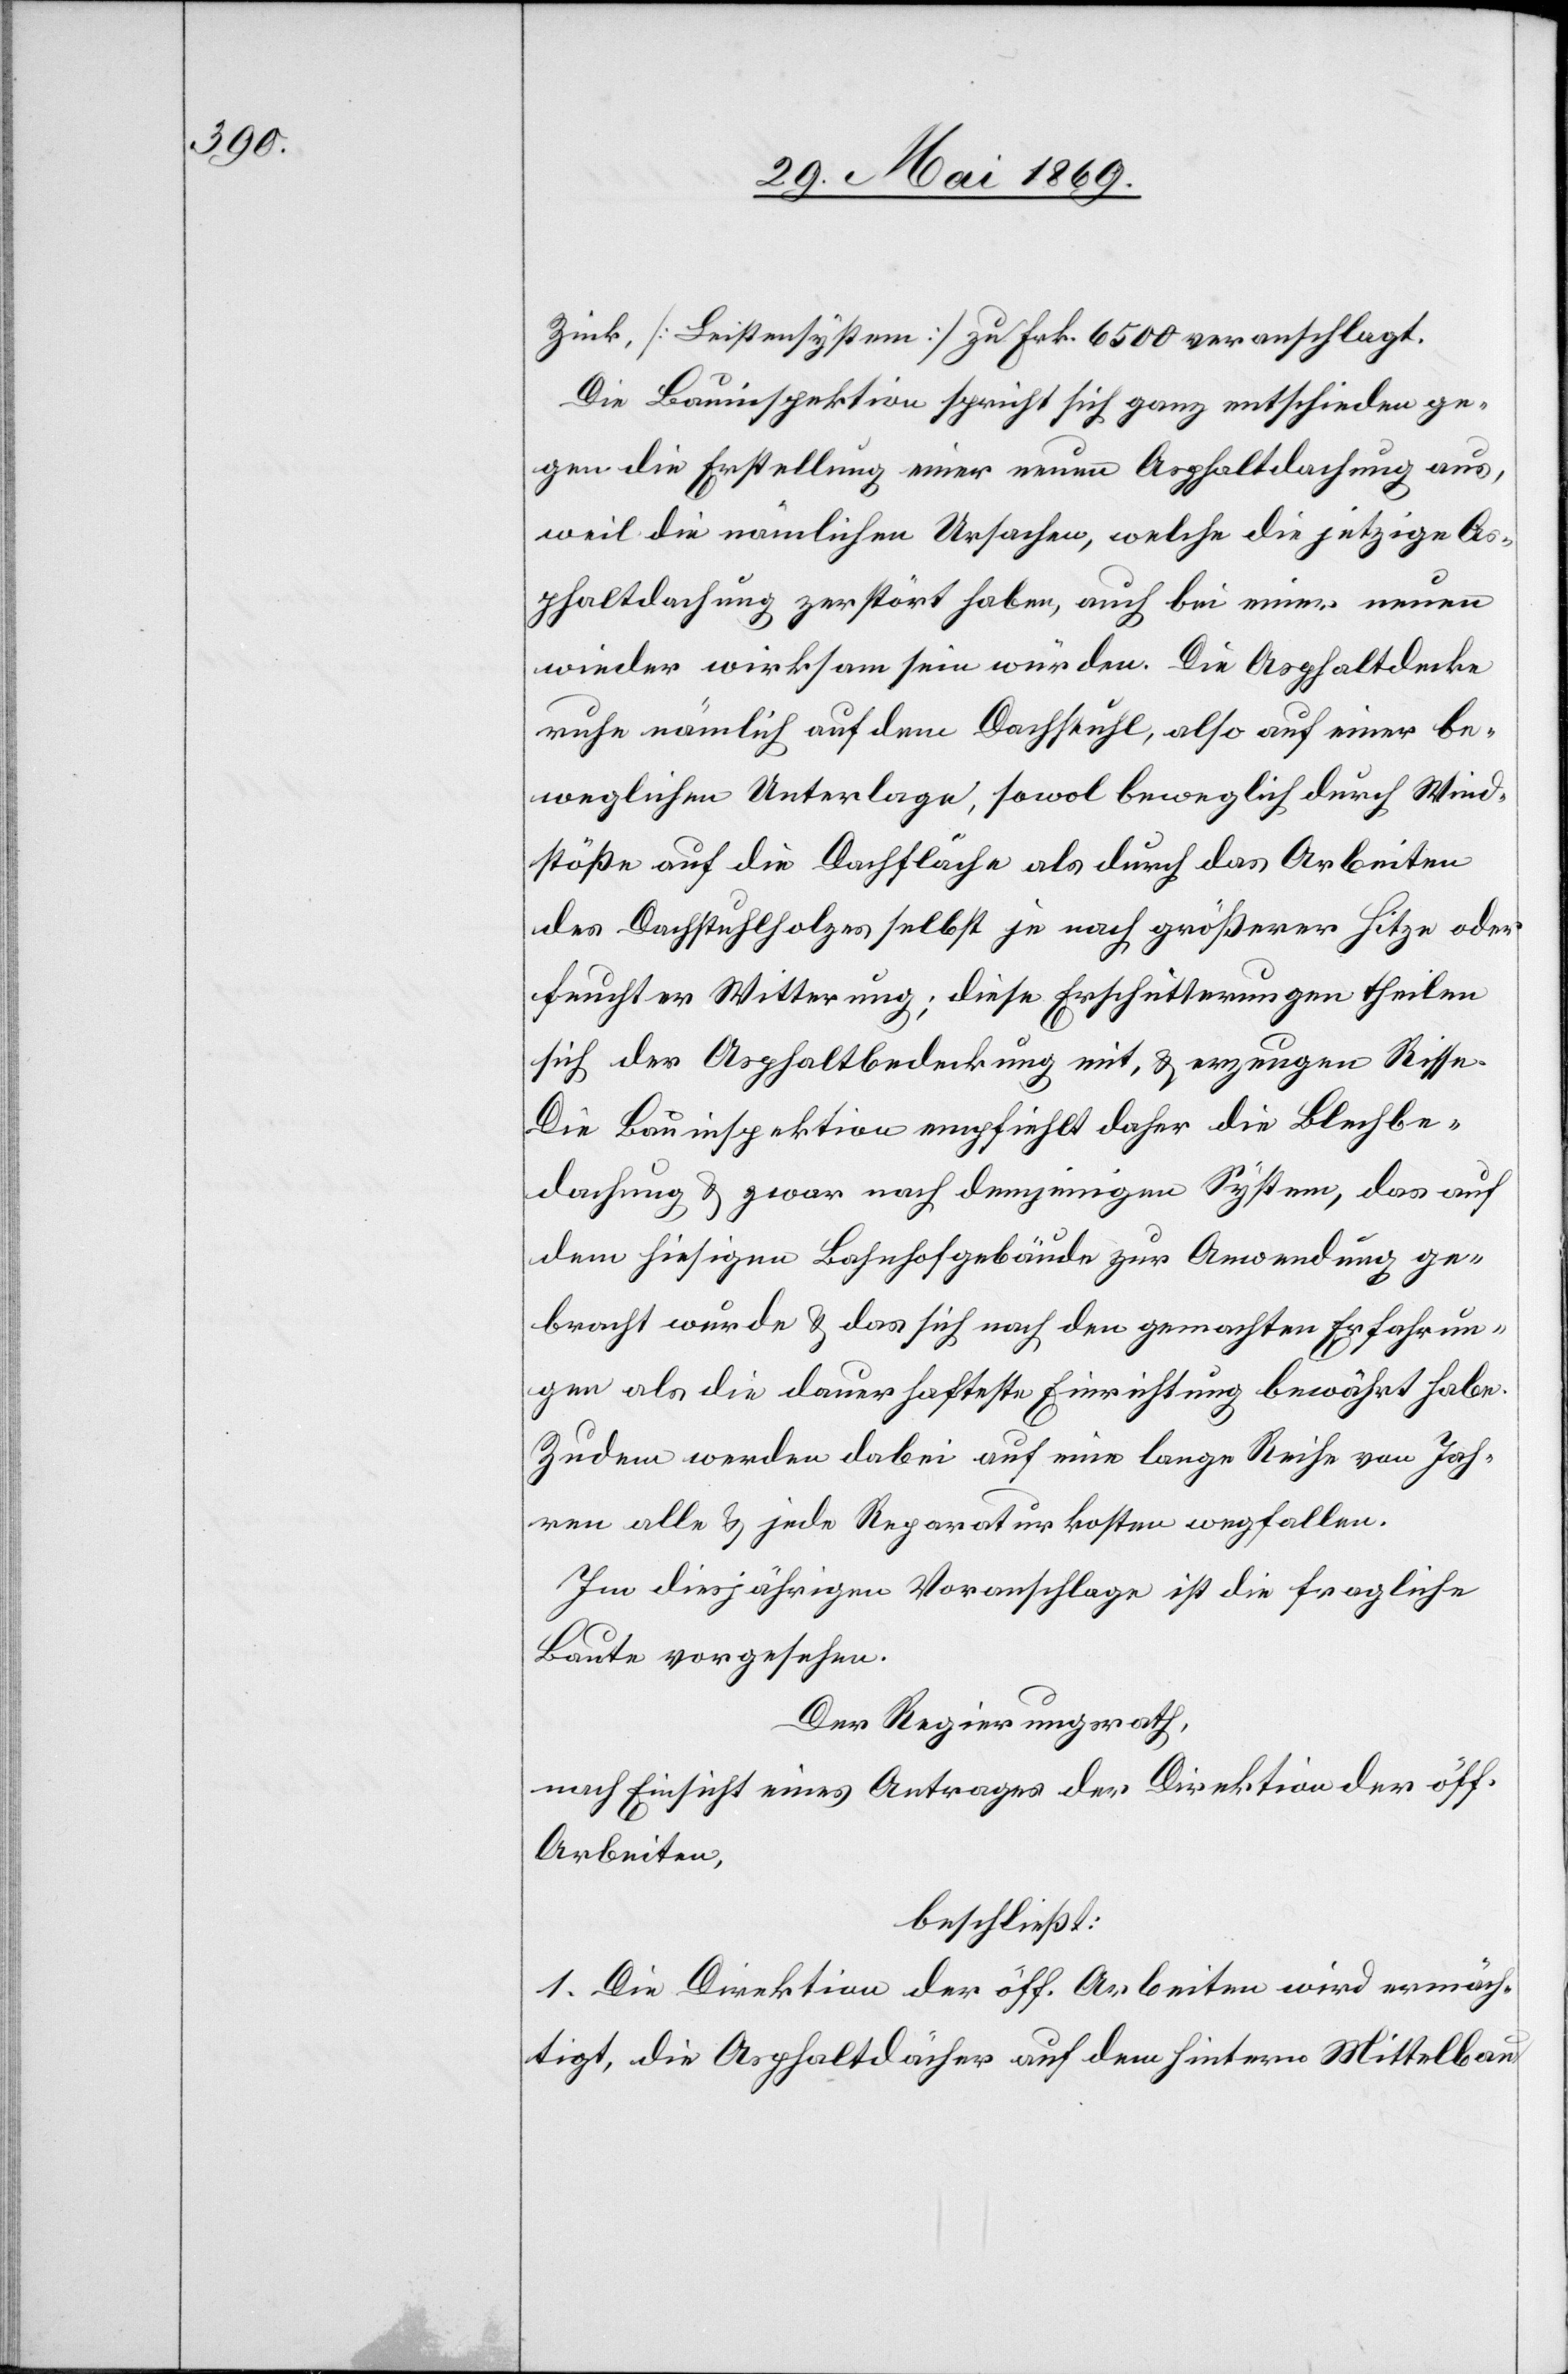
Zink, [Leistensystem] zu Frk. 6500 veranschlagt.
Die Bauinspektion spricht sich ganz entschieden ge¬
gen die Erstellung einer neuen Asphaltdachung aus,
weil die nämlichen Ursachen, welche die jetzige As¬
phaltdachung zerstört haben, auch bei einer neuen
wieder wirksam sein würden. Die Asphaltdecke
ruhe nämlich auf dem Dachstuhl, also auf einer be¬
weglichen Unterlage, sowol beweglich durch Wind¬
stöße auf die Dachfläche als durch das Arbeiten
des Dachstuhlholzes selbst je nach größerer Hitze oder
feuchter Witterung; diese Erschütterungen theilen
sich der Asphaltbedeckung mit, u. erzeugen Risse.
Die Bauinspektion empfiehlt daher die Blech¬
dachung u. zwar nach demjenigen System, das auf
dem hiesigen Bahnhofgebäude zur Anwendung ge¬
bracht wurde u. das sich nach den gemachten Erfahrun¬
gen als die dauerhafteste Einrichtung bewährt habe.
Zudem werden dabei auf eine lange Reihe von Jah¬
ren alle u. jede Reparaturkosten wegfallen.
Im diesjährigen Voranschlage ist die fragliche
Baute vorgesehen.
Der Regierungsrath,
nach Einsicht eines Antrages der Direktion der öff.
Arbeiten,
beschließt:
1. Die Direktion der öff. Arbeiten wird ermäch¬
tigt, die Asphaltdächer auf dem hintern Mittelbau